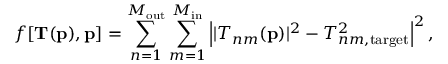
f [ { \bf T } ( { \bf p } ) , { \bf p } ] = \sum _ { n = 1 } ^ { M _ { \mathrm { o u t } } } \sum _ { m = 1 } ^ { M _ { \mathrm { i n } } } \left| | T _ { n m } ( { \bf p } ) | ^ { 2 } - T _ { n m , \mathrm { t a r g e t } } ^ { 2 } \right| ^ { 2 } ,